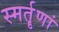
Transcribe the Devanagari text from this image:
स्मर्तॄणां